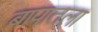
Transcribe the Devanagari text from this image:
बापातला